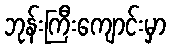
ဘုန်းကြီးကျောင်းမှာ